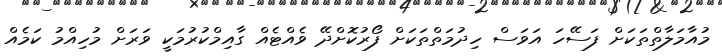
މުއާމަލާތްތަކަށް ފަސޭހަ އަވަސް ހިދުމަތްތަކަށް ފޯރުކޮށްދޭ ވެއްޓެއް ގާއިމްކުރުމަކީ ވަރަށް މުހިއްމު ކަމެއް